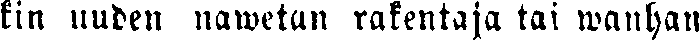
kin uuden nawetan rakentaja tai wanhan